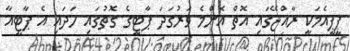
ޕީޕީއެމަކީ ރާއްޖޭގައި އޮތް އެންމެ ވަރުގަދަ ޕާޓީގެ ގޮތުގައި ހަދައި އެ ޕާޓީއާ